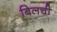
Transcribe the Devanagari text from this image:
बिलची